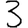
Digit: 3